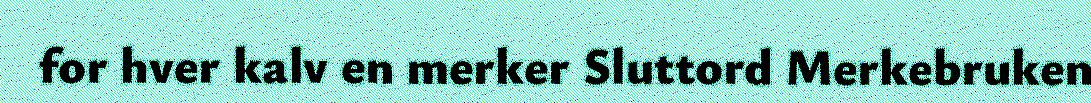
for hver kalv en merker Sluttord Merkebruken